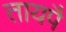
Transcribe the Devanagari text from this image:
तायपै